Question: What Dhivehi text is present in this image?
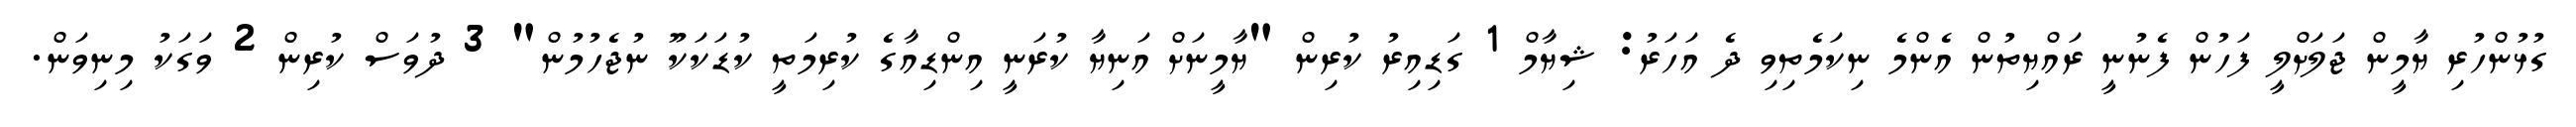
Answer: ގުޅުންހުރި ޔާމީން ޖަލަށްލީ ފަހުން ފެނުނީ ރައްޔިތުން އެންމެ ނިކަމެތިވި ދެ އަހަރު: ޝިޔާމް 1 ގަޑިއިރު ކުރިން "ޔާމީނަށް އަނިޔާ ކުރަނީ އިންޑިއާގެ ކުރިމަތީ ކުޑަކަކޫ ނުޖެހުމުން" 3 ދުވަސް ކުރިން 2 ވަގަކު މިނިވަން.